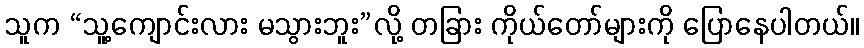
သူက “သူ့ကျောင်းလား မသွားဘူး”လို့ တခြား ကိုယ်တော်များကို ပြောနေပါတယ်။